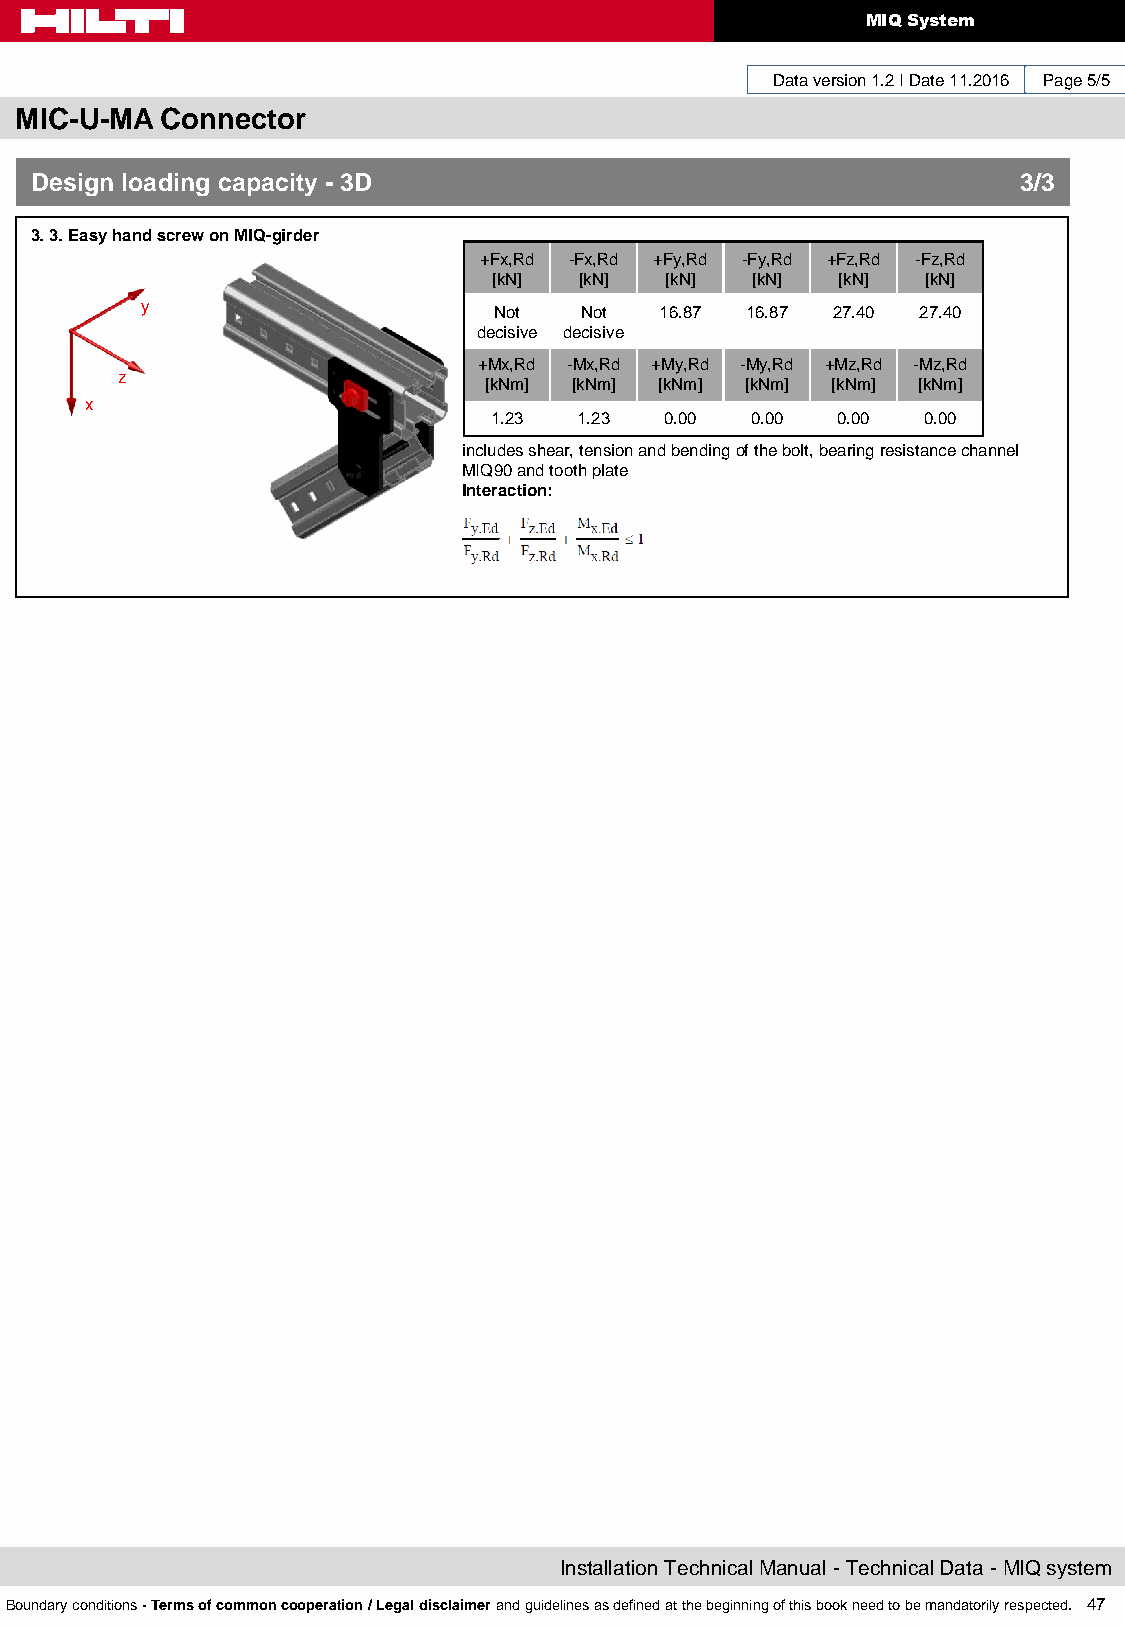
MIQ System
 Data version 1.2 I Date 11.2016 Page 5/5
 MIC-U-MA  Connector
 Design loading capacity - 3D                                      3/3
 3. 3. Easy hand screw on MIQ-girder
 +Fx,Rd -Fx,Rd +Fy,Rd -Fy,Rd +Fz,Rd -Fz,Rd
 [kN] [kN]  [kN]  [kN]  [kN] [kN]
 y                       Not  Not   16.87 16.87 27.40 27.40
 decisive decisive
 +Mx,Rd -Mx,Rd +My,Rd -My,Rd +Mz,Rd -Mz,Rd
 z
 [kNm] [kNm] [kNm] [kNm] [kNm] [kNm]
 x
 1.23  1.23  0.00  0.00 0.00  0.00
 includes shear, tension and bending of the bolt, bearing resistance channel
 MIQ90 and tooth plate
 Interaction:
 Installation Technical Manual - Technical Data - MIQ system
 Boundary conditions - Terms of common cooperation / Legal disclaimer and guidelines as defined at the beginning of this book need to be mandatorily respected. 47